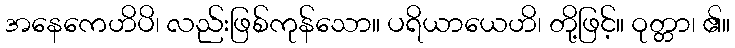
အနေကေဟိပိ၊ လည်းဖြစ်ကုန်သော။ ပရိယာယေဟိ၊ တို့ဖြင့်။ ဝုတ္တာ၊ ၏။